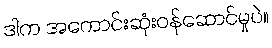
ဒါက အကောင်းဆုံးဝန်ဆောင်မှုပဲ။